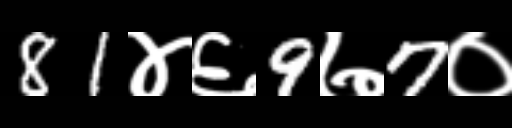
Text: 81४६9७7०